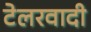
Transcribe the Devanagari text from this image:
टेलरवादी